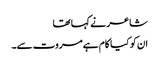
شاعر نے کہا تھا
ان کو کیا کام ہے مروت سے۔